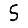
Digit: 5